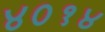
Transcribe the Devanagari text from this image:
४०१४